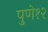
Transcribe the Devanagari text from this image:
पुणे१२